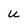
Character: u